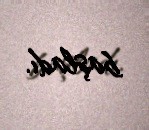
başladı.